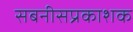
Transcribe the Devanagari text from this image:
सबनीसप्रकाशक